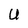
Character: U